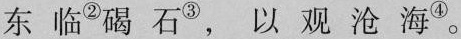
东临^{②} 碣石^{③} ，以观沧海^{④} 。